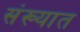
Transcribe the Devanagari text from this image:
संख्यात